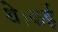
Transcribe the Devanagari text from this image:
थे।कई